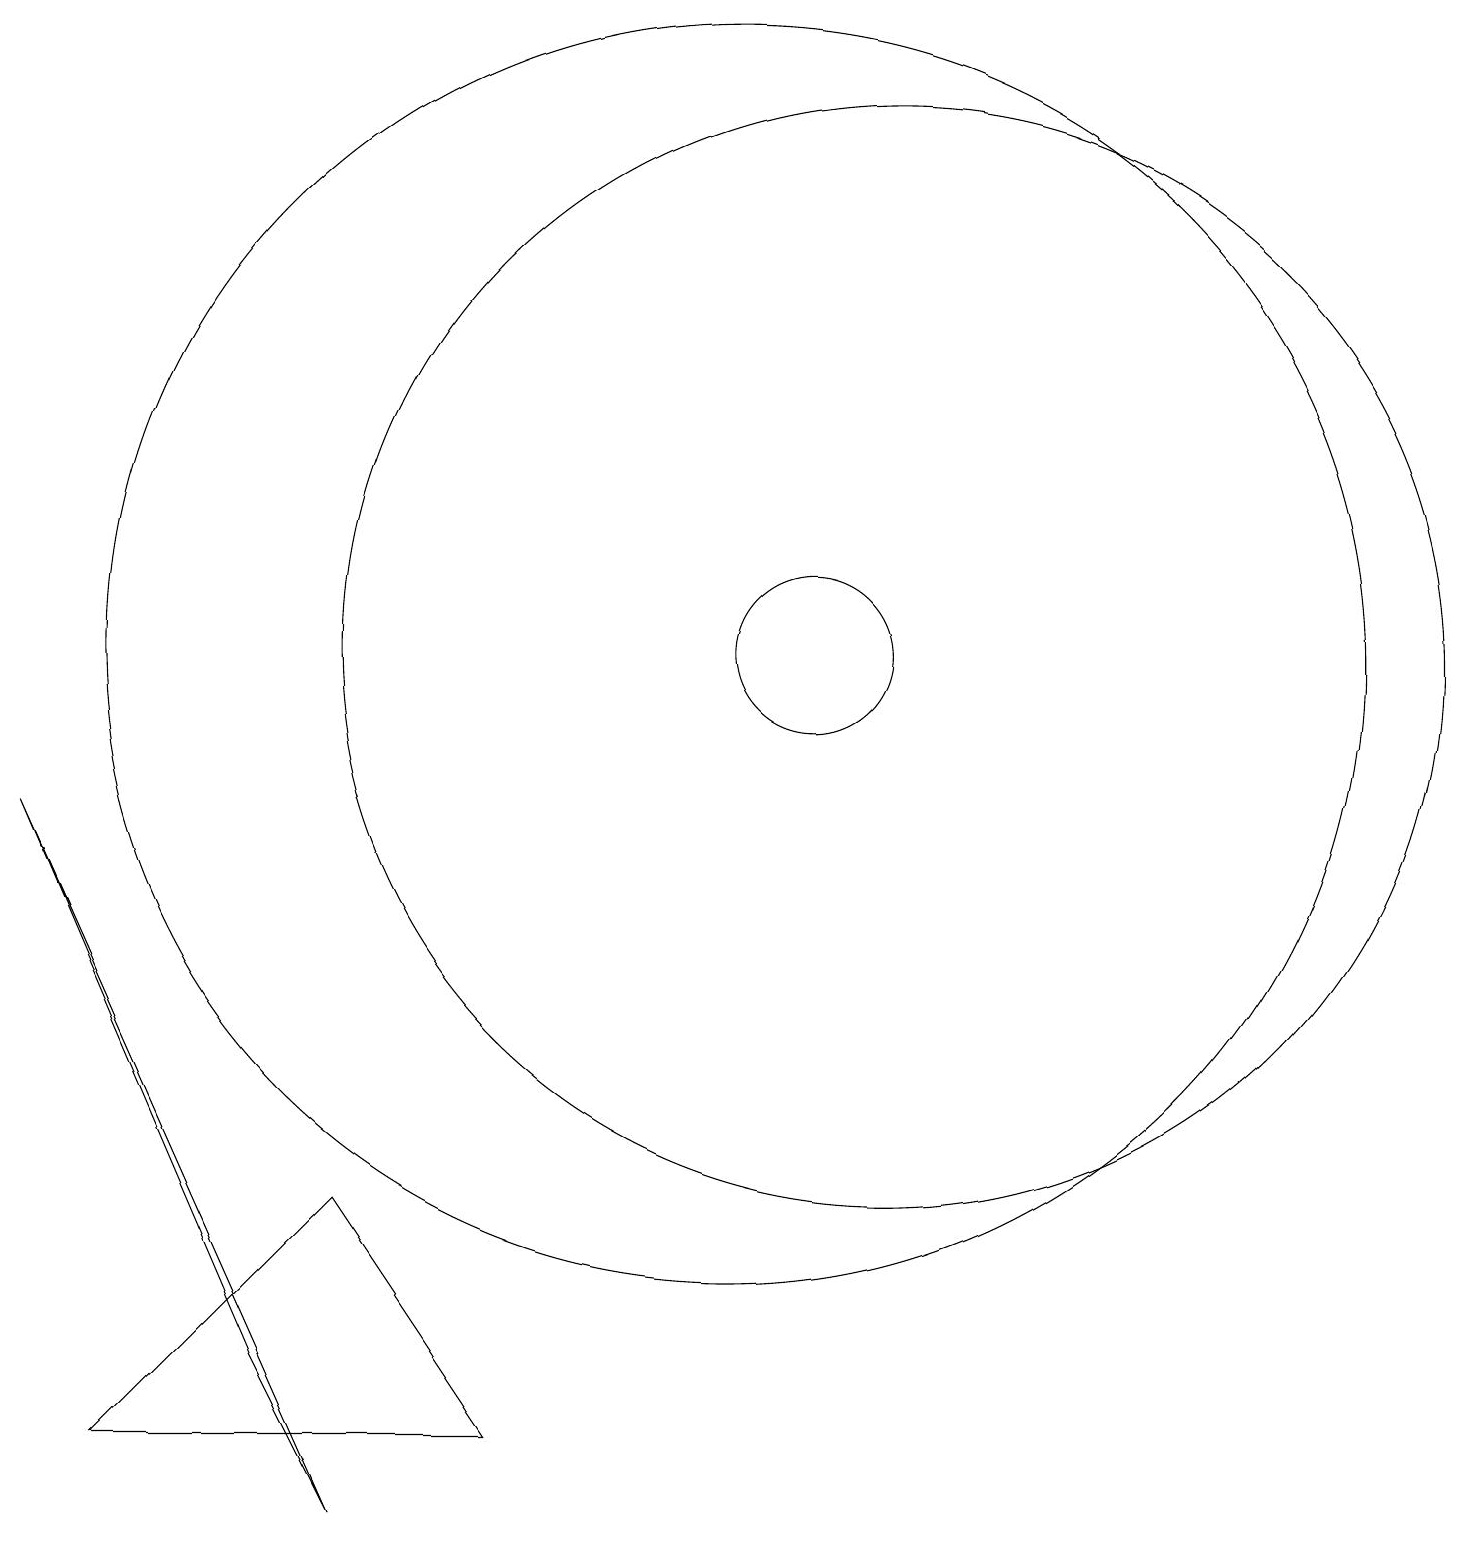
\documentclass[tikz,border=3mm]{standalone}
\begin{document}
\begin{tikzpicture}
\draw (12,11) circle (7);
\draw (4,2) -- (5,0) -- (1,9) -- cycle;
\draw (11,11) circle (1);
\draw (10,11) circle (8);
\draw (5,4) -- (7,1) -- (2,1) -- cycle;
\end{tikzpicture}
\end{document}